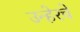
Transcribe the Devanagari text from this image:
उन्हेरचे